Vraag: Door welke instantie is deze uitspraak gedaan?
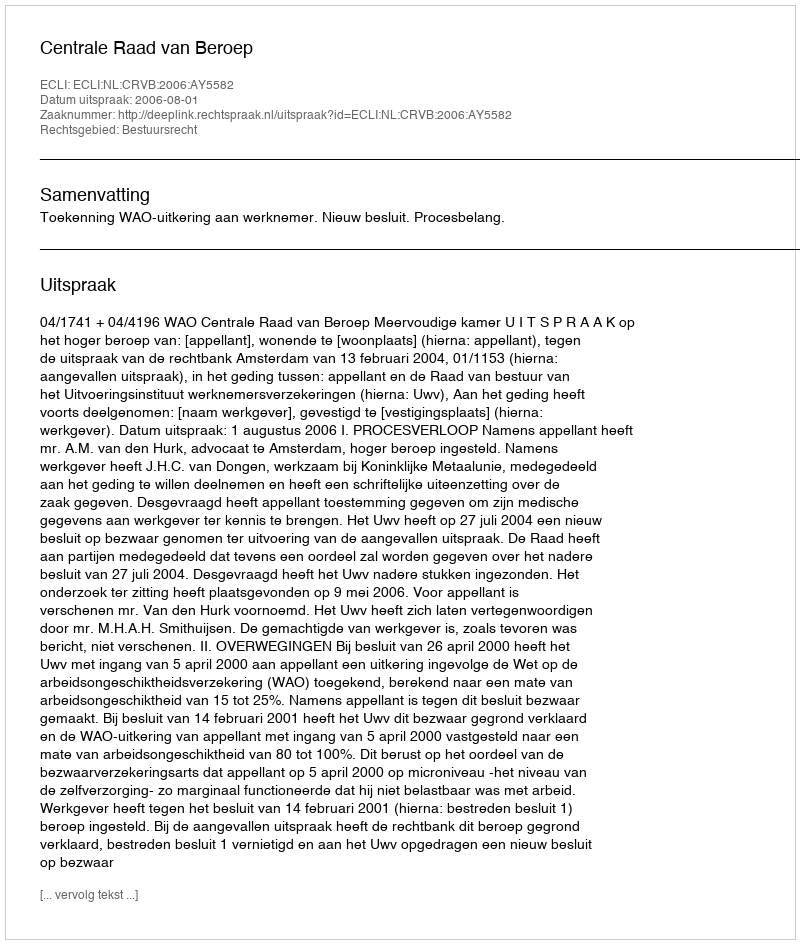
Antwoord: Centrale Raad van Beroep